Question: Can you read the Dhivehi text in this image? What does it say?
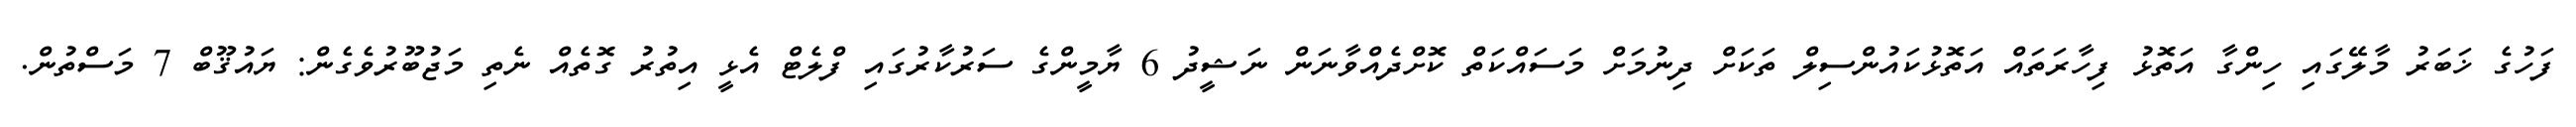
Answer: ފަހުގެ ޚަބަރު މާލޭގައި ހިންގާ އަތޮޅު ފިހާރަތައް އަތޮޅުކައުންސިލް ތަކަށް ދިނުމަށް މަސައްކަތް ކޮށްދެއްވާނަން ނަޝީދު 6 ޔާމީންގެ ސަރުކާރުގައި ފްލެޓް އެޅީ އިތުރު ގޮތެއް ނެތި މަޖުބޫރުވެގެން: ޔައުޤޫބް 7 މަސްތުން.